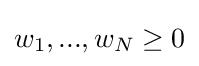
w_{1},...,w_{N}\geq 0